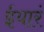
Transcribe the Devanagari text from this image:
ईयारं